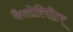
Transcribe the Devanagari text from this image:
कैलोरिमीटर